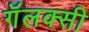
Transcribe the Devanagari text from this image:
गॅलक्सी